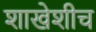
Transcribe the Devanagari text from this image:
शाखेशीच